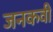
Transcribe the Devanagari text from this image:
जनकवी